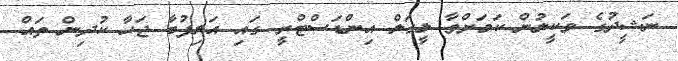
ނަޝީދުގެ ވަކީލުން ކަަމަށްވާ ލީގަލް އިންޑަސްޓްރީ ގައި އަލިފުބާ ޖަހާ ކުދިން ތައް